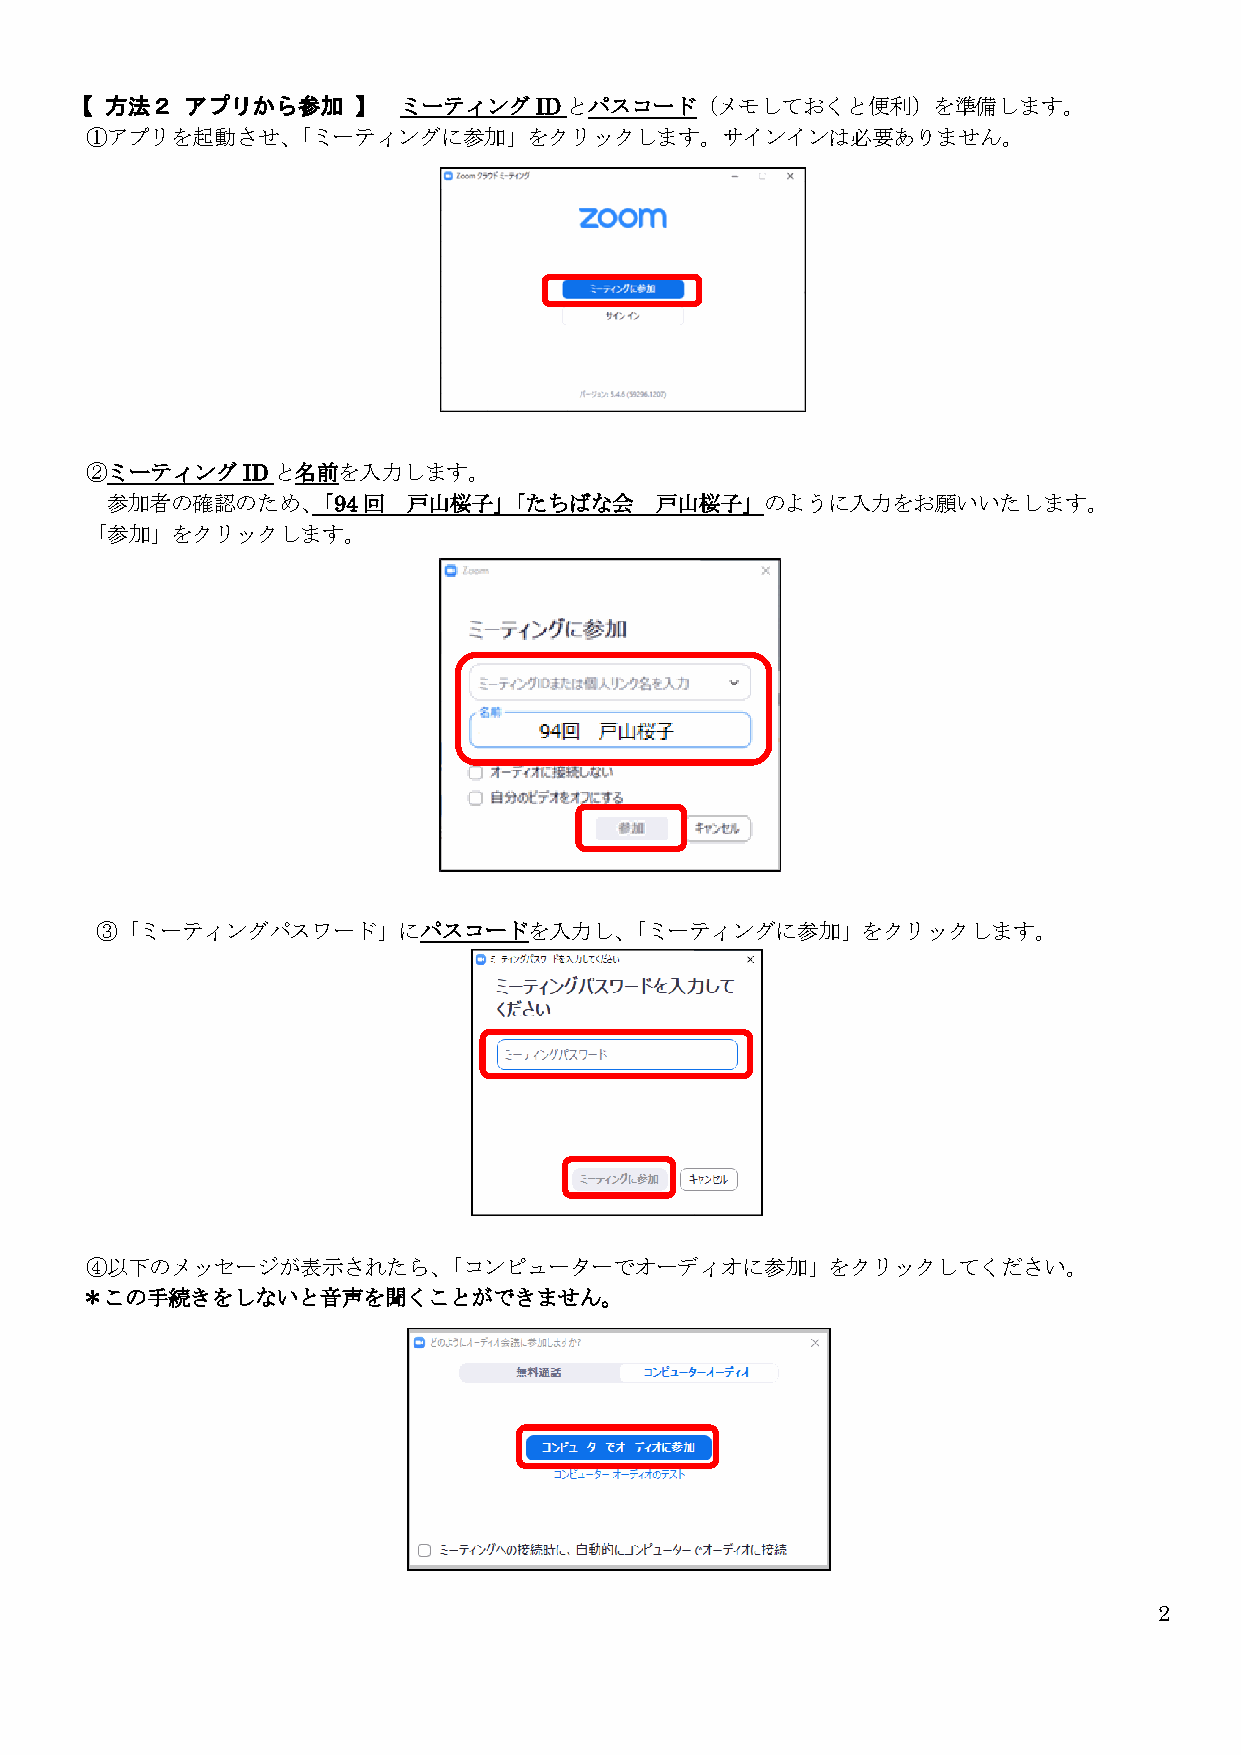
【 方法２  アプリから参加    】  ミーティングIDとパスコード（メモしておくと便利）を準備します。
 ①アプリを起動させ、「ミーティングに参加」をクリックします。サインインは必要ありません。
 ②ミーティングIDと名前を入力します。
 参加者の確認のため、「94回      戸山桜子」「たちばな会     戸山桜子」のように入力をお願いいたします。
 「参加」をクリックします。
 ③「ミーティングパスワード」にパスコードを入力し、「ミーティングに参加」をクリックします。
 ④以下のメッセージが表示されたら、「コンピューターでオーディオに参加」をクリックしてください。
 ＊この手続きをしないと音声を聞くことができません。
 2